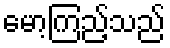
မော့ကြည့်သည်